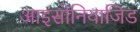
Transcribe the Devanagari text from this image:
आइसोनियाजिड